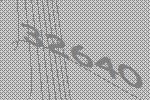
32640